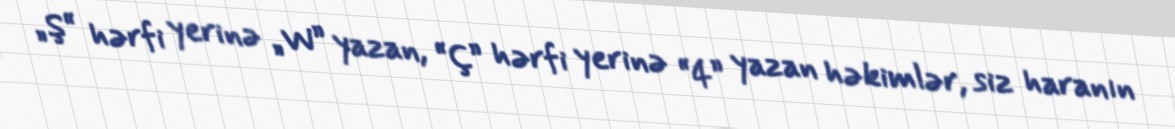
„Ş“ hərfi yerinə „W” yazan, “Ç” hərfi yerinə “4” yazan həkimlər, siz haranın